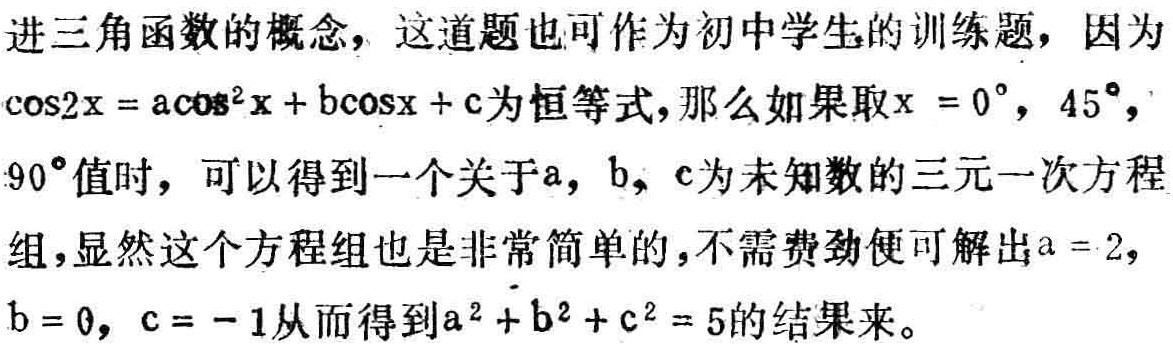
进三角函数的概念，这道题也可作为初中学生的训练题，因为\(\cos2x = a\cos^{2}x + b\cos x + c\)为恒等式，那么如果取\(x = 0^{\circ}\)，\(45^{\circ}\)，\(90^{\circ}\)值时，可以得到一个关于\(a\)，\(b\)，\(c\)为未知数的三元一次方程组，显然这个方程组也是非常简单的，不需费劲便可解出\(a = 2\)，\(b = 0\)，\(c = - 1\)从而得到\(a^{2} + b^{2} + c^{2} = 5\)的结果来。